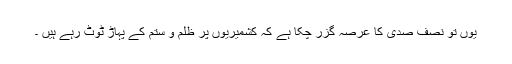
یوں تو نصف صدی کا عرصہ گزر چکا ہے کہ کشمیریوں پر ظلم و ستم کے پہاڑ ٹوٹ رہے ہیں ۔